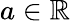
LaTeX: a\in\mathbb R